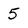
Character: 5